DOW-UAP-D48, Department of the Air Force Report, 1996
Agency: Department of War
Incident date: 9/10/96
Page 111
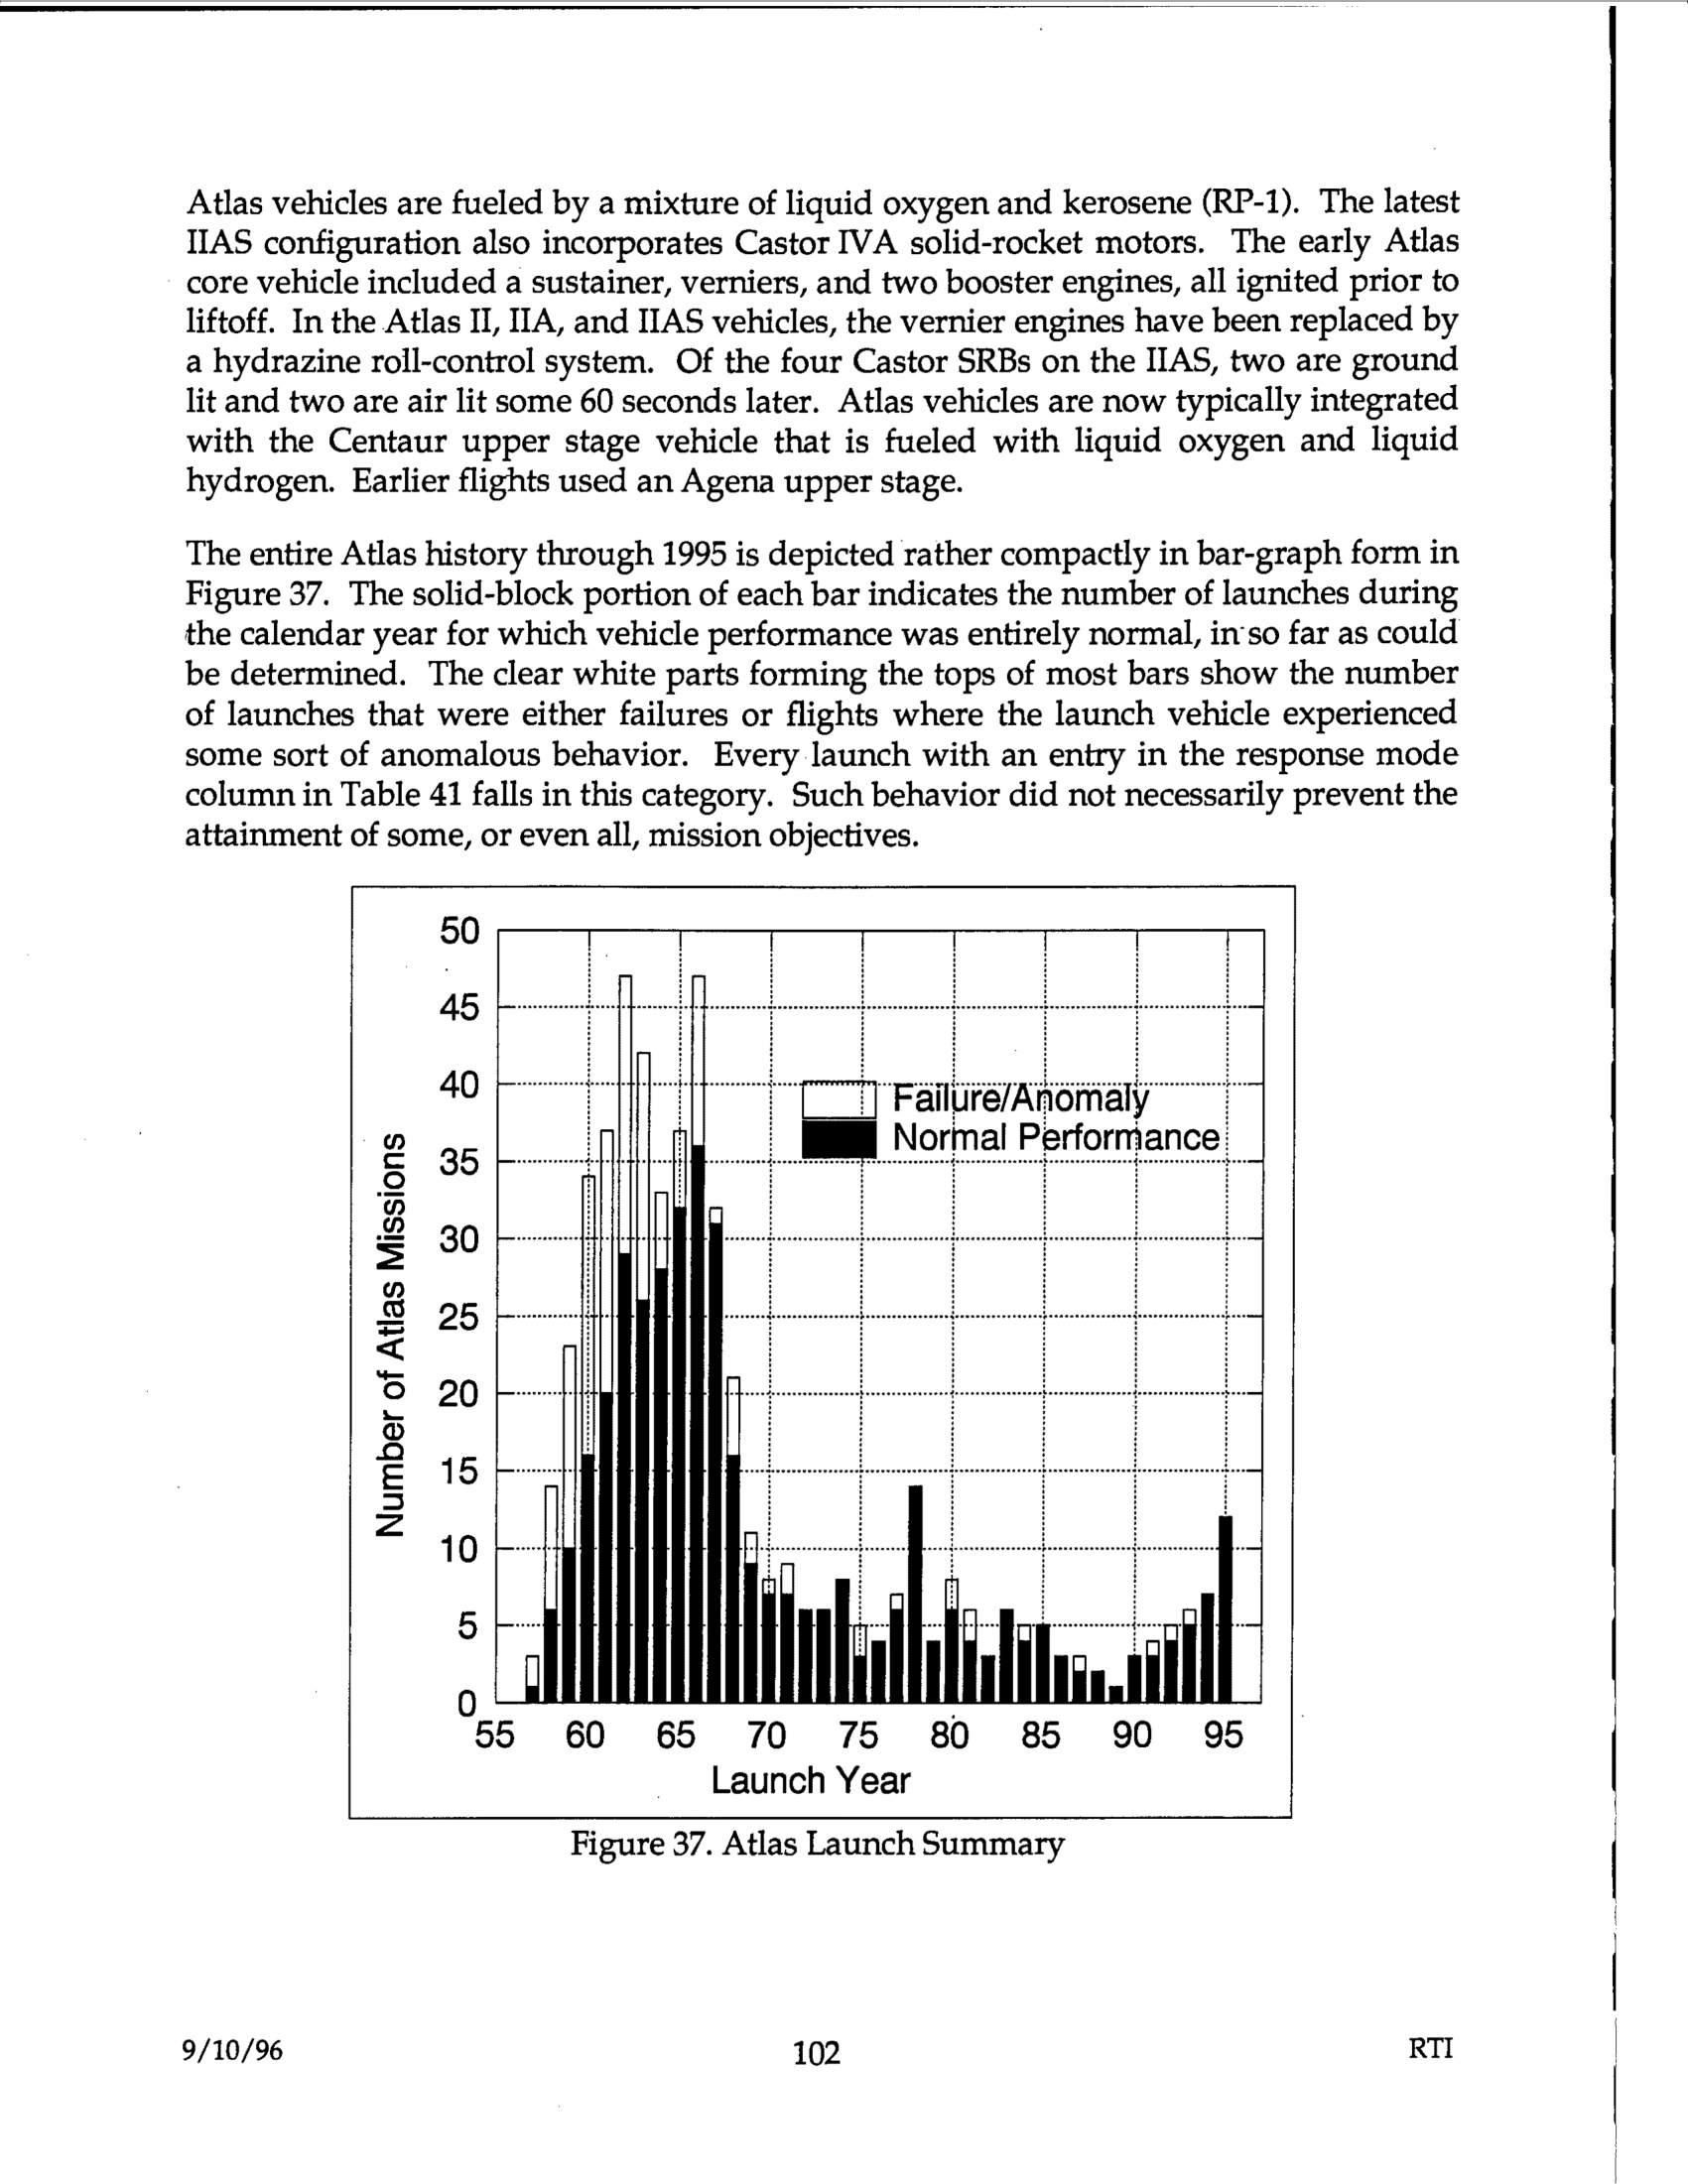